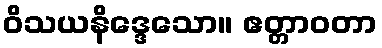
ဝိသယနိဒ္ဒေသော။ ဧတ္တာဝတာ